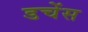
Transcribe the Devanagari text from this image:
डचेंस